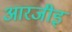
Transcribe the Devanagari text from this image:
आरजीइ